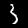
Digit: 3